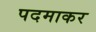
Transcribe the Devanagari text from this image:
पदमाकर